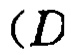
\((D\)